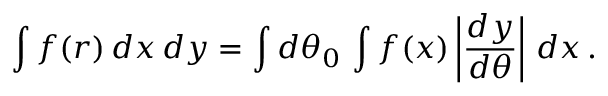
\int f ( r ) \, d x \, d y = \int d \theta _ { 0 } \, \int f ( x ) \left| { \frac { d y } { d \theta } } \right| \, d x \, .